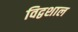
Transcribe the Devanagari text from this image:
विद्वशाल